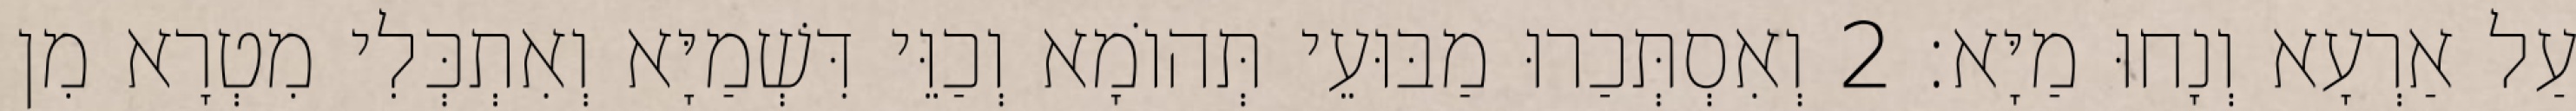
עַל אַרְעָא וְנָחוּ מַיָּא׃ 2 וְאִסְתְּכַרוּ מַבּוּעֵי תְּהוֹמָא וְכַוֵּי דִּשְׁמַיָּא וְאִתְכְּלִי מִטְרָא מִן